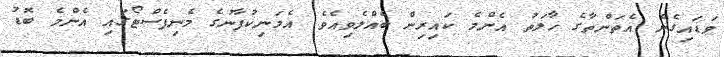
ވަޑައިގެން އެތަންތާގެ ހާލަތު އެންމެ ކައިރިން ބެއްލެވިއެވެ. އެމަނިކުފާނުގެ މެނިފެސްޓޯގައި އެންމެ ބޮޑު